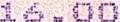
16.00